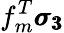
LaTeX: f_{m}^{T}\pmb{\sigma_{3}}